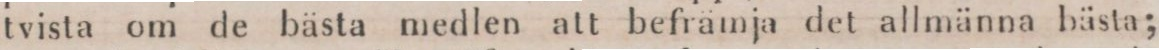
tvista om de bästa medlen att befrämja det allmänna bästa;